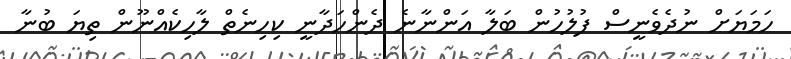
ހަމަޔަށް ނުދެވެނީސް ފުލުހުން ބަލާ އަންނާނެ ދެންހަދާނީ ކިހިނެތް ލާހިކެއްނޫން ތިޔަ ބުނާ